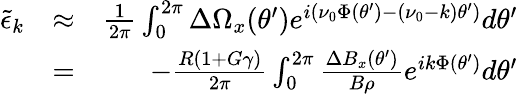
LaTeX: \begin{array}{rlr}{{\tilde{\epsilon}}_{k}}&{\approx}&{\frac{1}{2\pi}\int_{0}^{2\pi}\Delta\Omega_{x}(\theta^{\prime})e^{i(\nu_{0}\Phi(\theta^{\prime})-(\nu_{0}-k)\theta^{\prime})}d\theta^{\prime}}\\ &{=}&{-\frac{R(1+G\gamma)}{2\pi}\int_{0}^{2\pi}\frac{\Delta B_{x}(\theta^{\prime})}{B\rho}e^{ik\Phi(\theta^{\prime})}d\theta^{\prime}}\end{array}